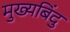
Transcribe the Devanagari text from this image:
मुख्यबिंदु